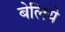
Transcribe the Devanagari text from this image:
बेलिये